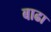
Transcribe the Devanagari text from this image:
बाढा